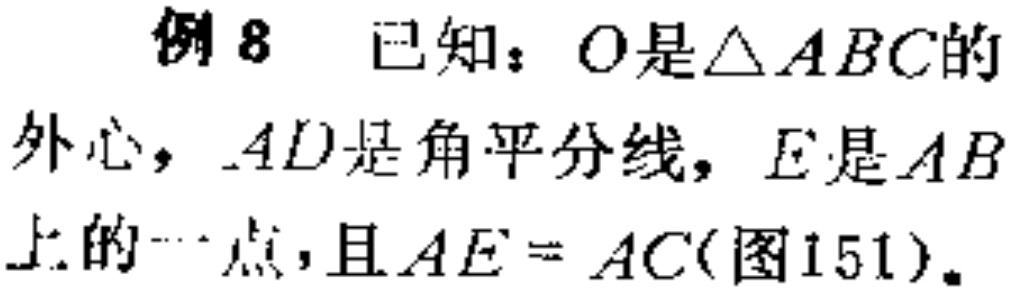
例8 已知：\(O\)是\(\triangle ABC\)的外心，\(AD\)是角平分线，\(E\)是\(AB\)上的一点，且\(AE = AC\)(图151)。